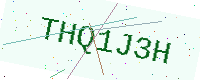
Text: THQ1J3H